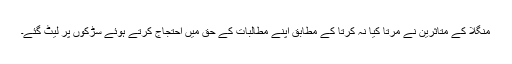
منگلا کے متاثرین نے مرتا کیا نہ کرتا کے مطابق اپنے مطالبات کے حق میں احتجاج کرتے ہوئے سڑکوں پر لیٹ گئے۔